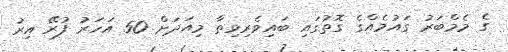
ގެ މެމްބަރު ގައުމެއްގެ ގޮތުގައި ބައިވެރިވިތާ މިއަދަށް 50 އަހަރު ފުރޭ އިރު